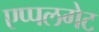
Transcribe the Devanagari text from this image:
एप्पलगेट